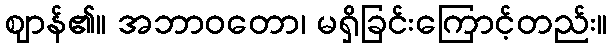
ဈာန်၏။ အဘာဝတော၊ မရှိခြင်းကြောင့်တည်း။